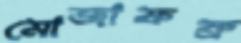
মোজাফফ্র